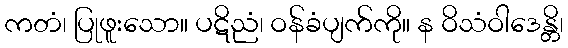
ကတံ၊ ပြုဖူးသော။ ပဋိညံ၊ ဝန်ခံပျက်ကို။ န ဝိသံဝါဒေန္တိ၊